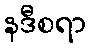
နဒီစရာ